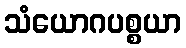
သံယောဂပစ္စယာ